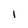
Character: l